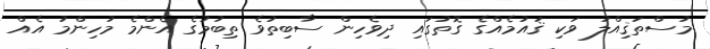
މުސްތަޤިއްލު ވަކި ޤައުމެއްގެ ގޮތުގައި ދިވެހިން ސާބިތުވެ ތިބުމުގެ އެންމެ މުހިންމު އެއް